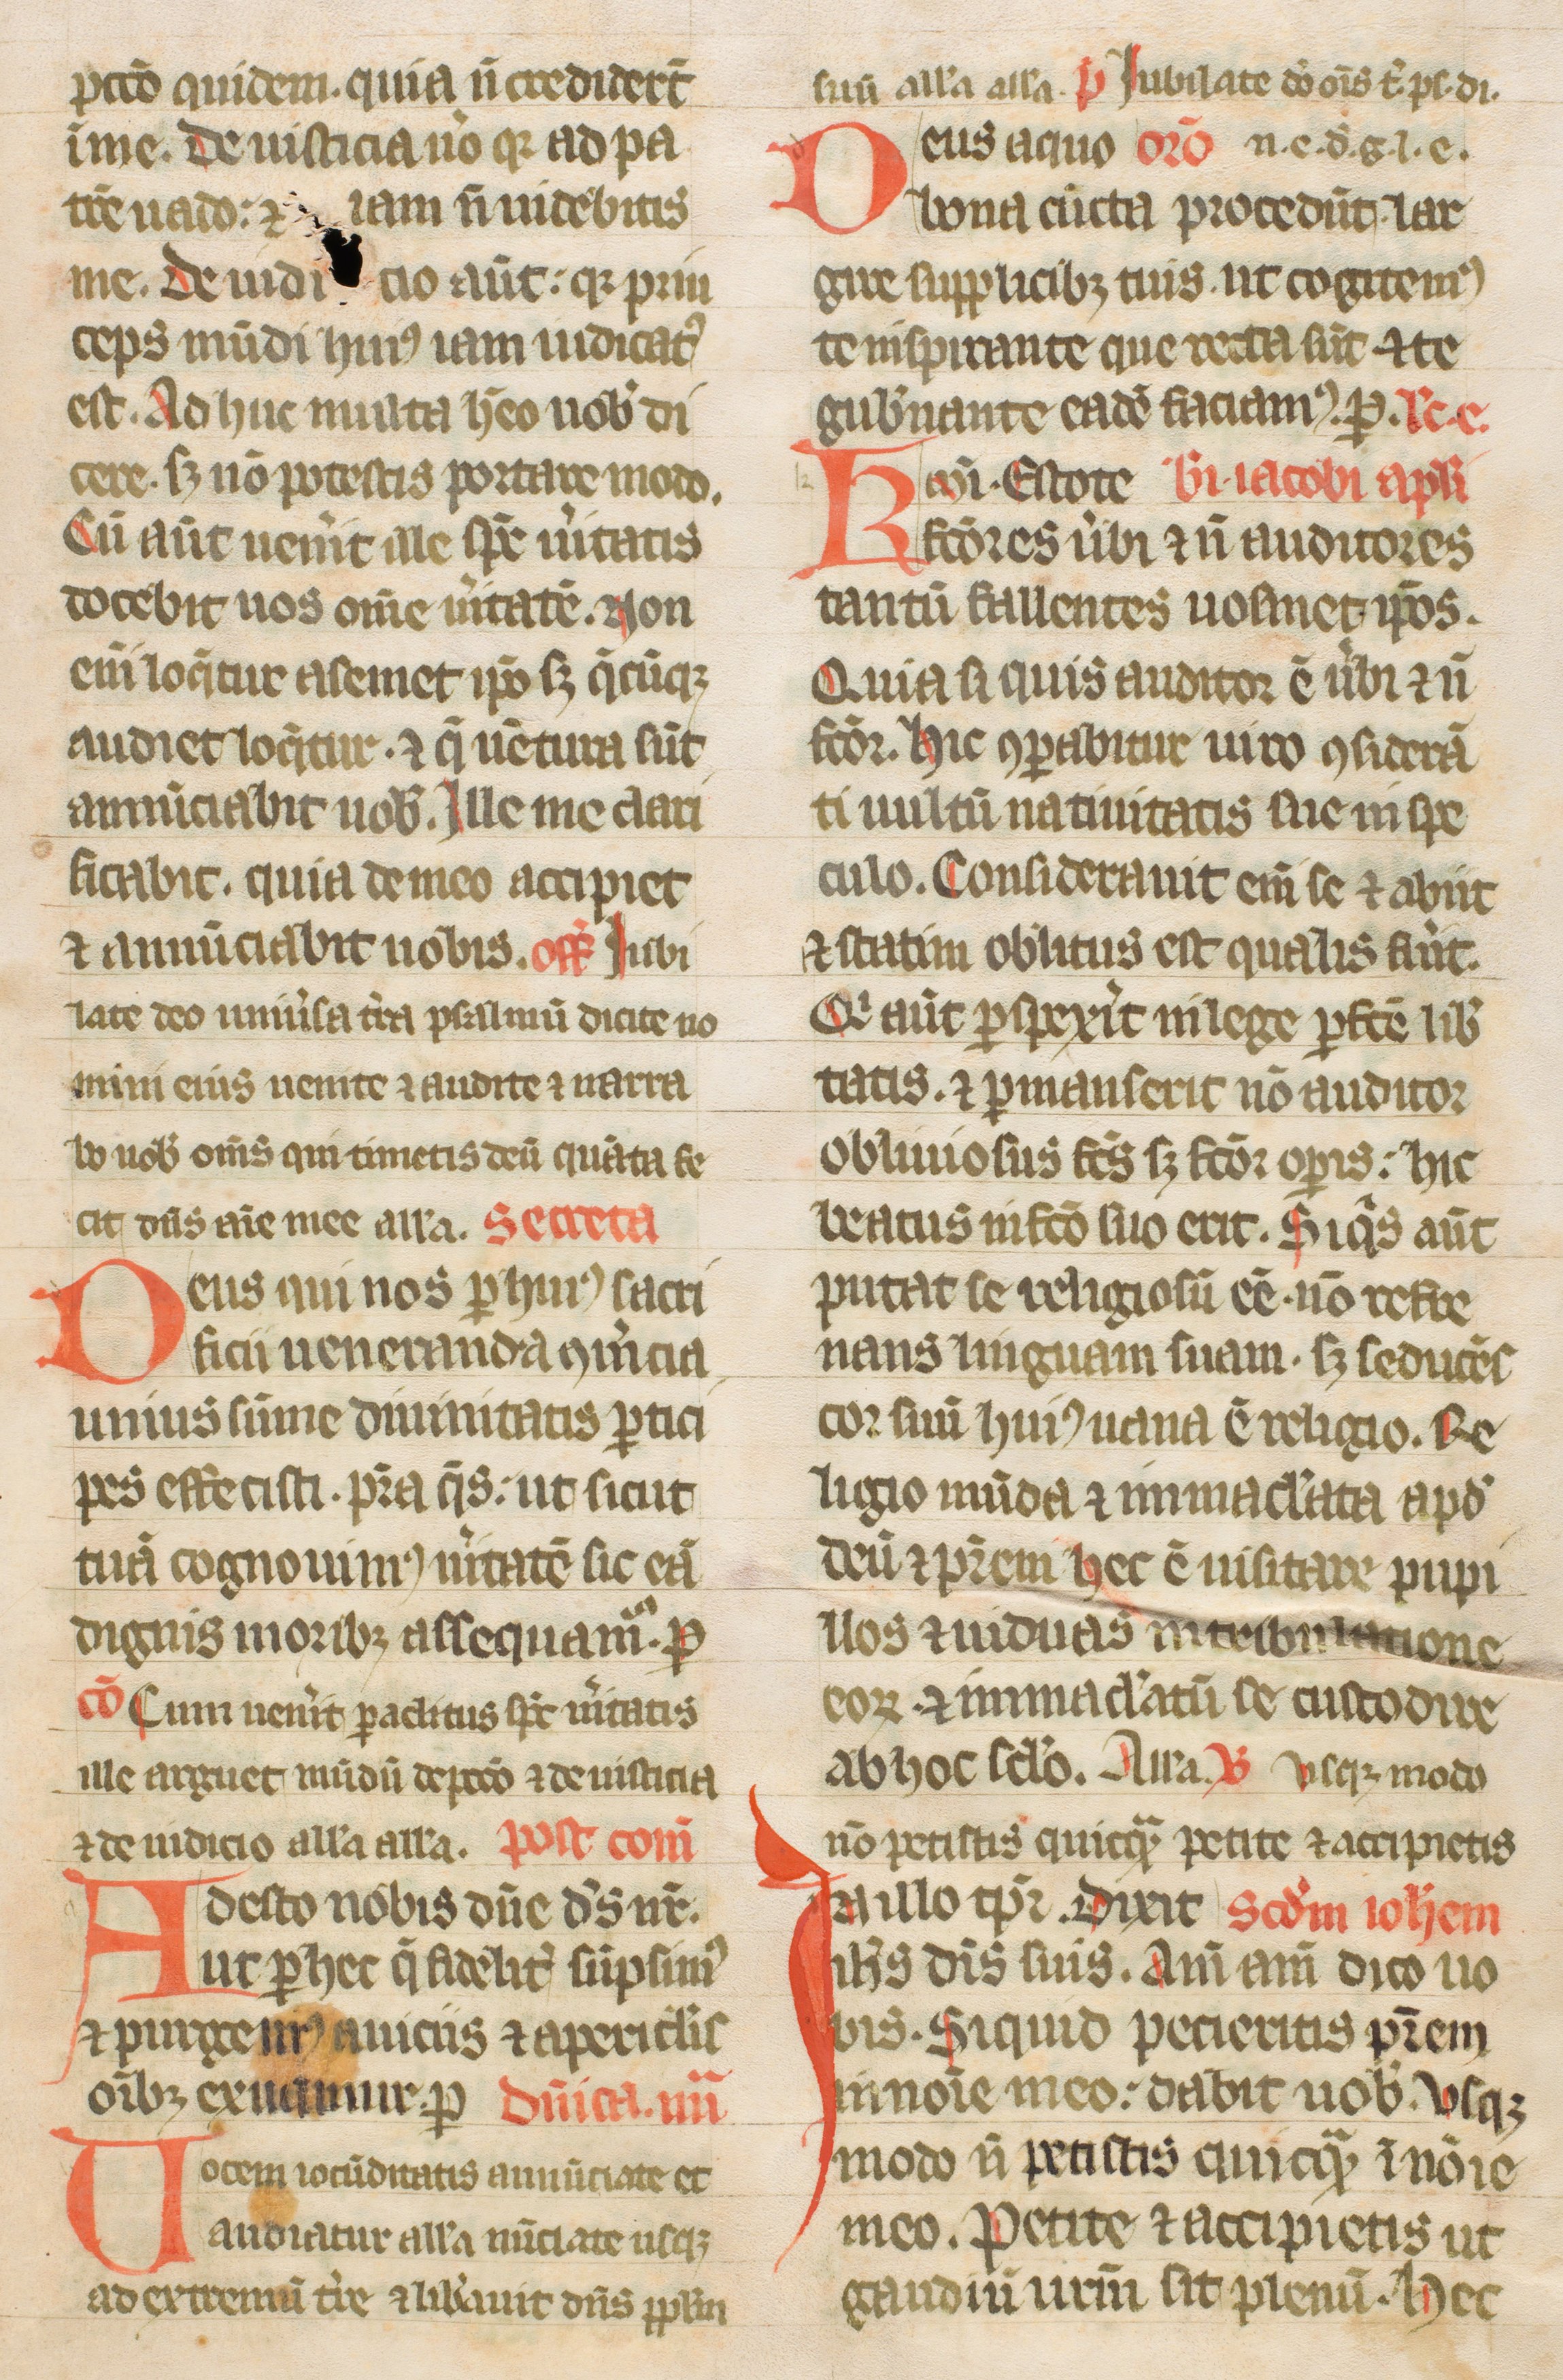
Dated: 1300–1399